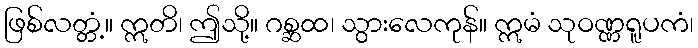
ဖြစ်လတ္တံ့။ ဣတိ၊ ဤသို့။ ဂစ္ဆထ၊ သွားလေကုန်။ ဣမံ သုဝဏ္ဏရူပကံ၊